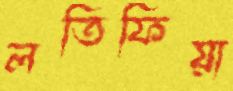
লতিফিয়া